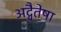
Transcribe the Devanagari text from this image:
अद्वैतेषा